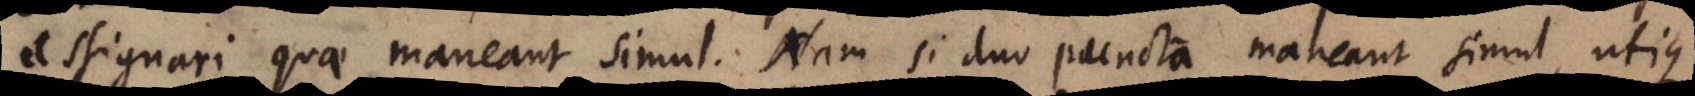
assignari quae maneant simul. Nam si duo puncta maneant simul, utique